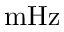
\mathrm { m H z }